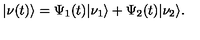
| \nu ( t ) \rangle = \Psi _ { 1 } ( t ) | \nu _ { 1 } \rangle + \Psi _ { 2 } ( t ) | \nu _ { 2 } \rangle .